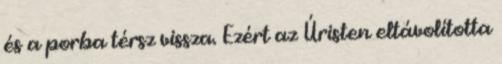
és a porba térsz vissza. Ezért az Úristen eltávolította